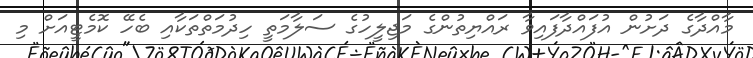
މާއްދާގެ ދަަށުން އުފައްދާފައިވާ ރައްޔިތުންގެ މަޖިލީހުގެ ސަލާމަތީ ހިދުމަތްތަކާއި ބެހޭ ކޮމެޓީއަށް މި